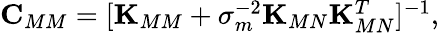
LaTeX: \begin{array}{r}{\boldsymbol{\mathbf{C}}_{MM}=[\boldsymbol{\mathbf{K}}_{MM}+\sigma_{m}^{-2}\boldsymbol{\mathbf{K}}_{MN}\boldsymbol{\mathbf{K}}_{MN}^{T}]^{-1},}\end{array}